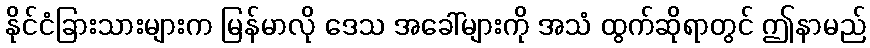
နိုင်ငံခြားသားများက မြန်မာလို ဒေသ အခေါ်များကို အသံ ထွက်ဆိုရာတွင် ဤနာမည်